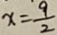
x = \frac { 9 } { 2 }